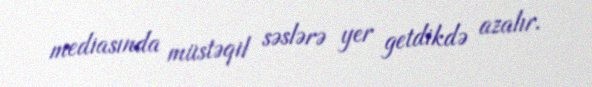
mediasında müstəqil səslərə yer getdikdə azalır.